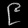
Digit: ၉